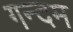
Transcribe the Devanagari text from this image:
गन्दम